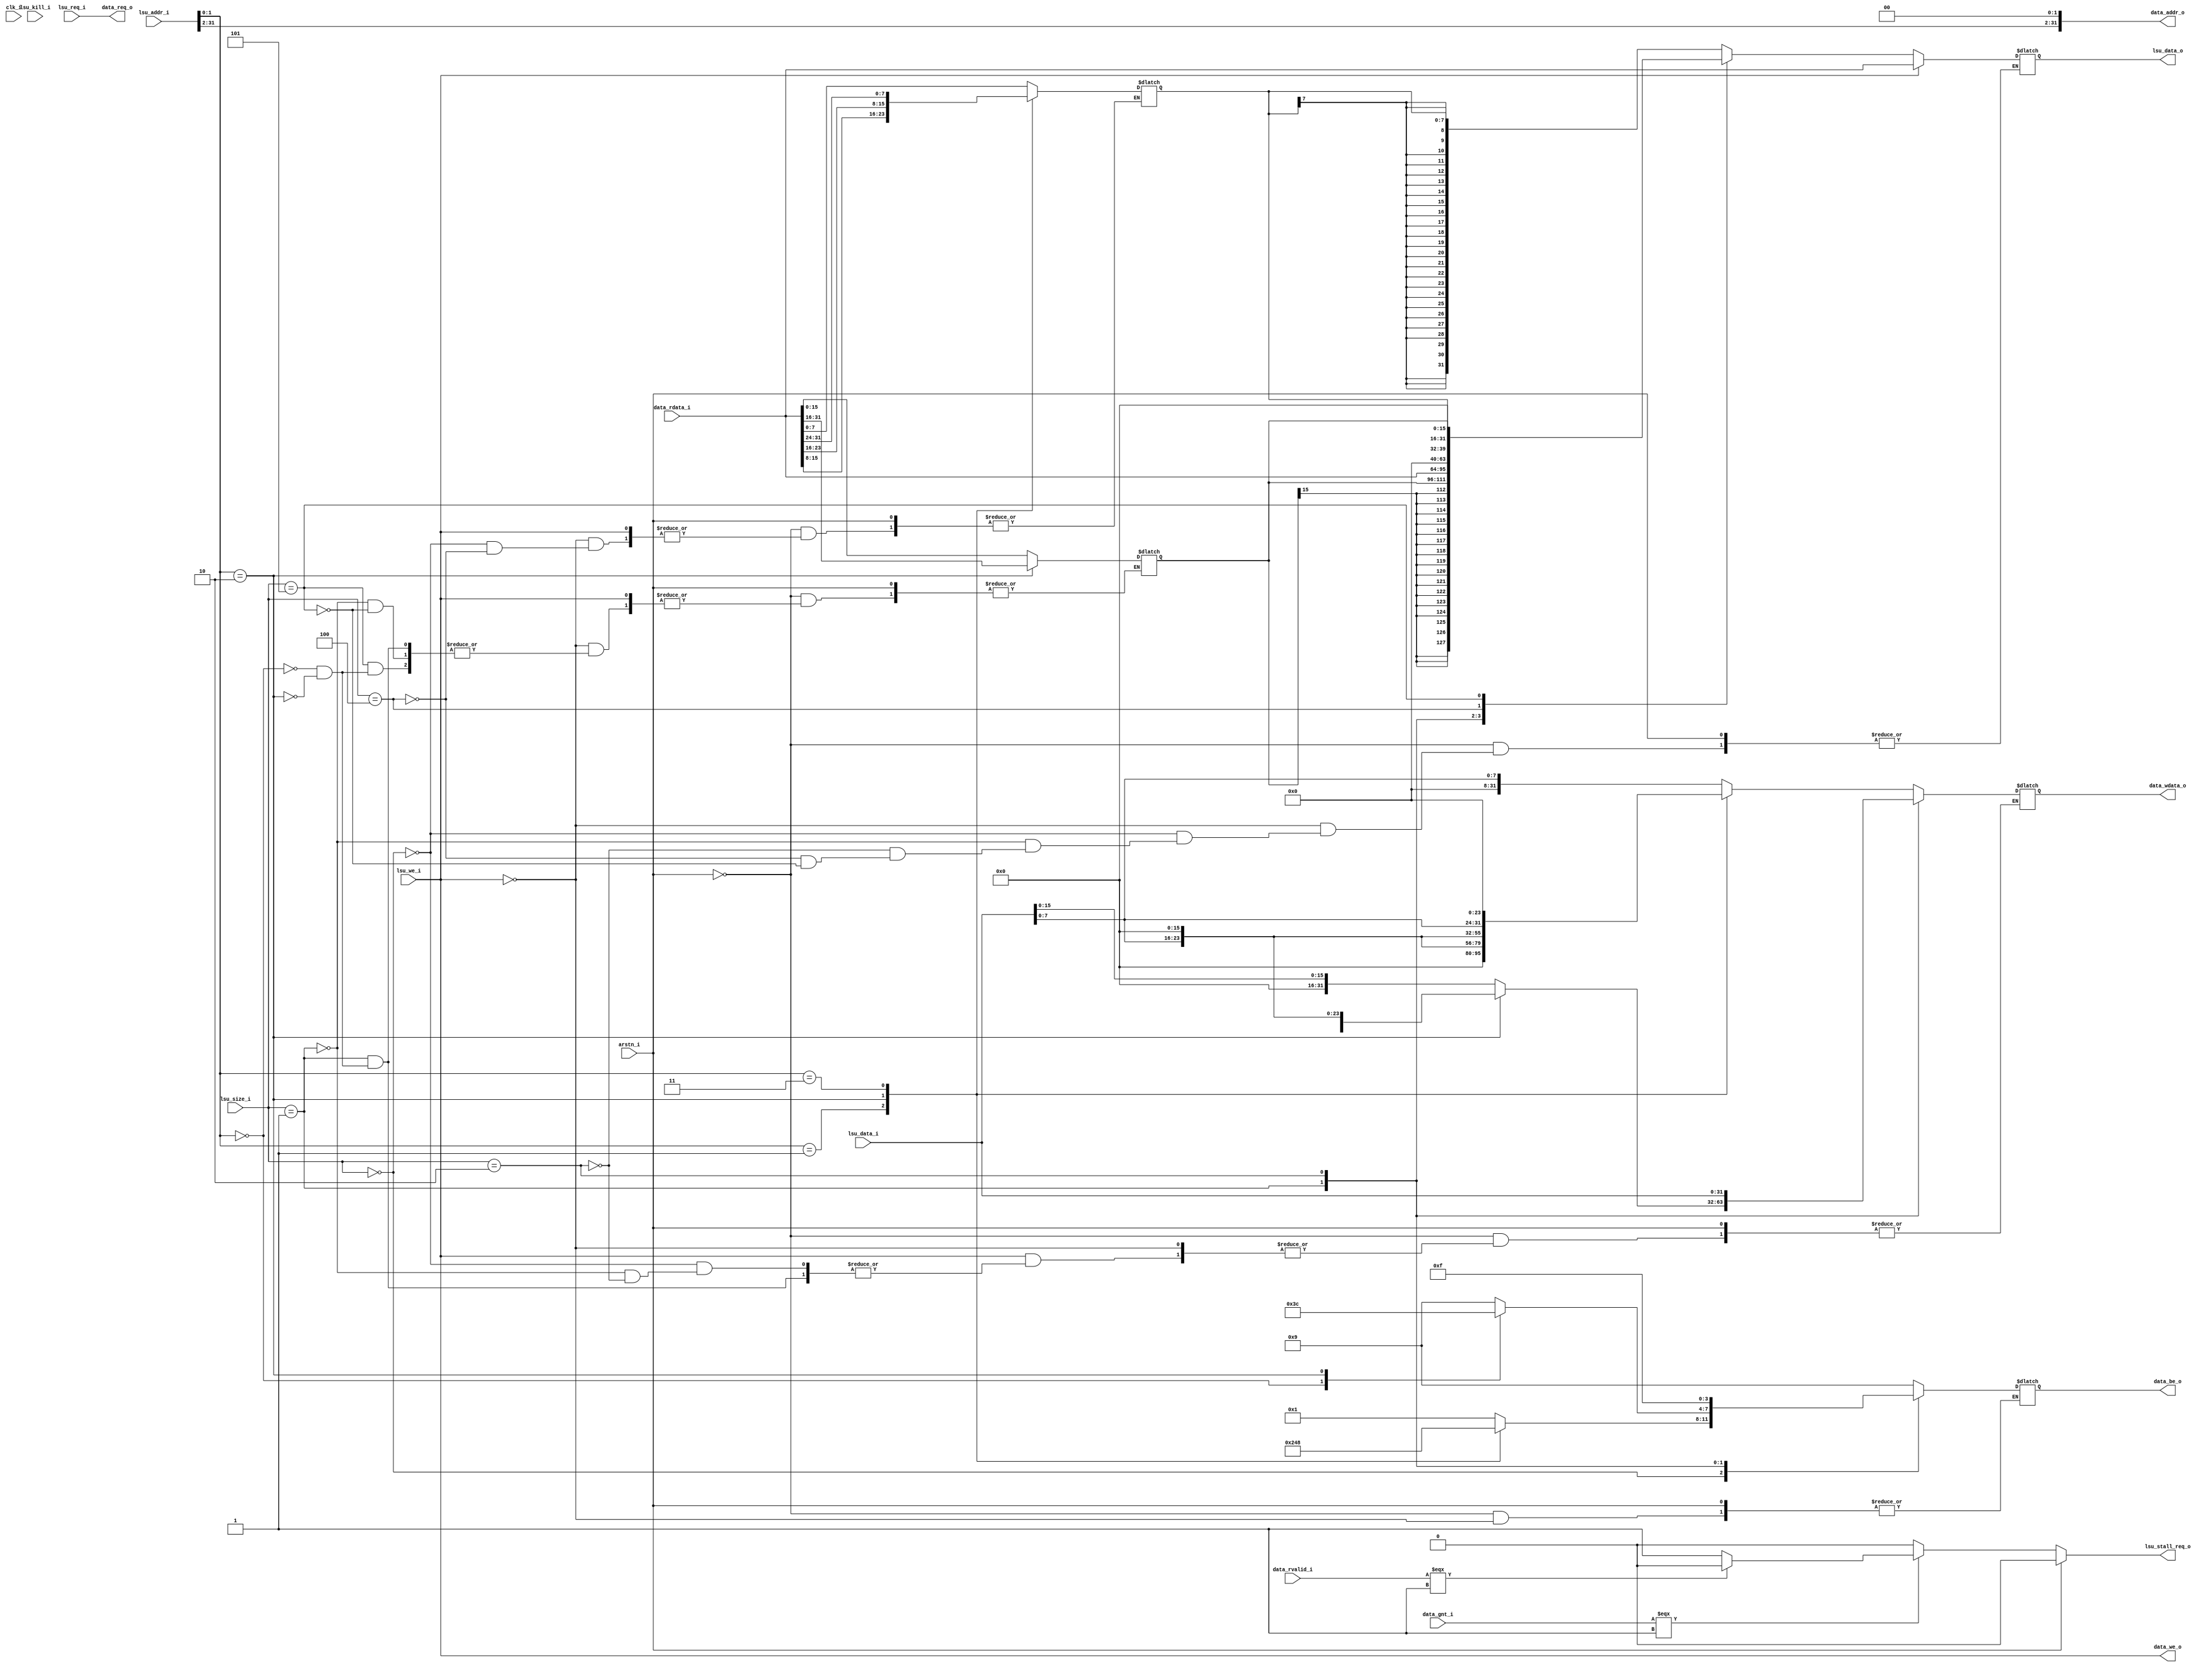
module miriscv_lsu(  
  
input clk_i,
input arstn_i,
  
// memory protocol   
input data_gnt_i,
input data_rvalid_i,
input [31 :0] data_rdata_i,

output data_req_o,
output data_we_o,
output reg [3:0] data_be_o,
output [31 :0] data_addr_o,
output reg [31 :0] data_wdata_o,

// core protocol   
input [31 :0] lsu_addr_i,   
input lsu_we_i,
input [2:0] lsu_size_i,
input [31 :0] lsu_data_i,
input lsu_req_i,
input lsu_kill_i,

output reg lsu_stall_req_o,
output reg [31 :0] lsu_data_o
);

assign data_addr_o = {lsu_addr_i[31:2], 2'b00};

reg [7:0] SB;
wire [31:0] LB = {{24{SB[7]}},SB};
wire [31:0] LBU = {24'b0 , SB};

reg [15:0] SH;
wire [31:0] LH = {{16{SH[15]}},SH};
wire [31:0] LHU = {16'b0 ,SH};

assign data_req_o = lsu_req_i;
assign data_we_o = lsu_we_i;

always @(*)
begin

if(arstn_i) begin
	lsu_stall_req_o <= 0;
end
else begin
	lsu_stall_req_o <= 0;
	
		if(data_gnt_i === 1) begin
			lsu_stall_req_o <= 1;
			if(data_rvalid_i === 1) begin
				lsu_stall_req_o <= 0;
			end
		end
		
		if(lsu_we_i) begin
			lsu_data_o <= data_rdata_i;
			case(lsu_size_i)
				3'd0: begin 
							case(lsu_addr_i[1:0])
								2'b00: begin
											data_be_o <= 4'b0001; 
											data_wdata_o <= {24'b0, lsu_data_i[7:0]};
										end
								2'b01: begin 
											data_be_o <= 4'b0010; 
											data_wdata_o <= {16'b0, lsu_data_i[7:0], 8'b0};
										end
								2'b10: begin
											data_be_o <= 4'b0100; 
											data_wdata_o <= {8'b0, lsu_data_i[7:0], 16'b0};
										end
								2'b11: begin
											data_be_o <= 4'b1000; 
											data_wdata_o <= {lsu_data_i[7:0], 24'b0};
										end
							endcase
						end
				3'd1: begin 
							case(lsu_addr_i[1:0])
								2'b00: begin 
											data_be_o <= 4'b0011; 
											data_wdata_o <= {16'b0, lsu_data_i[15:0]};
										end
								2'b10: begin 
											data_be_o <= 4'b1100; 
											data_wdata_o <= {lsu_data_i[15:0], 16'b0};
										end
								default: begin data_be_o <= 4'b1001; end //Error
							endcase
						end
				3'd2: begin 
							data_be_o <= 4'b1111; 
							data_wdata_o <= lsu_data_i;
						end
				default: begin data_be_o <= 4'b1001; end //Error
			endcase
		end
		else begin
			case(lsu_size_i)
				3'd0: begin //Signed byte
							lsu_data_o <= LB;
							case(lsu_addr_i[1:0])
								2'b00: begin SB <= data_rdata_i[7:0]; end
								2'b01: begin SB <= data_rdata_i[15:8]; end
								2'b10: begin SB <= data_rdata_i[23:16]; end
								2'b11: begin SB <= data_rdata_i[31:24]; end
							endcase
						end
				3'd1: begin //Signed half
							lsu_data_o <= LH;
							case(lsu_addr_i[1:0])
								2'b00: begin SH <= data_rdata_i[15:0]; end
								2'b10: begin SH <= data_rdata_i[31:16]; end
							endcase
						end
				3'd2: begin //Word
							lsu_data_o <= data_rdata_i;
						end
				3'd4: begin //Unsigned byte
							lsu_data_o <= LBU;
							case(lsu_addr_i[1:0])
								2'b00: begin SB <= data_rdata_i[7:0]; end
								2'b01: begin SB <= data_rdata_i[15:8]; end
								2'b10: begin SB <= data_rdata_i[23:16]; end
								2'b11: begin SB <= data_rdata_i[31:24]; end
							endcase
						end
				3'd5: begin //Unsigned half
							lsu_data_o <= LHU;
							case(lsu_addr_i[1:0])
								2'b00: begin SH <= data_rdata_i[15:0]; end
								2'b10: begin SH <= data_rdata_i[31:16]; end
							endcase
						end
			endcase
		
	end
end

end



endmodule